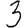
Digit: 3